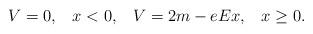
LaTeX: \begin{align*}V=0,\;\;\; x<0,\;\;\; V=2m-eEx,\;\;\; x\geq 0.\end{align*}